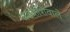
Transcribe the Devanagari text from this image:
वडकशिवाले